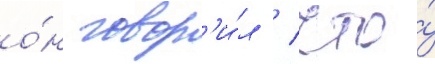
о́н говор'и́л / что́